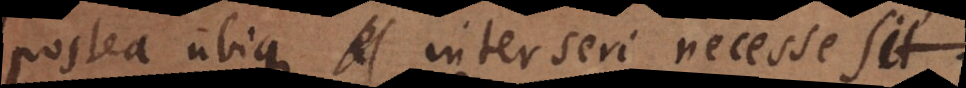
postea ubique interseri necesse sit.